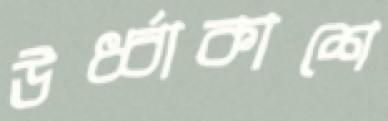
ঊর্ধ্বাকাশে